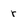
Character: r